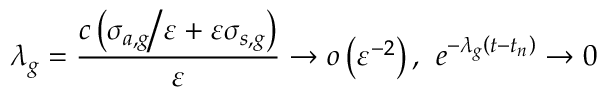
\lambda _ { g } = \frac { c \left( { \sigma _ { a , g } \mathord { \left/ { \vphantom { \sigma _ { a , g } \varepsilon } } \right. \kern - \nulldelimiterspace } \varepsilon } + \varepsilon \sigma _ { s , g } \right) } { \varepsilon } \to o \left( \varepsilon ^ { - 2 } \right) \mathrm { , } \; \; e ^ { - \lambda _ { g } \left( t - t _ { n } \right) } \to 0